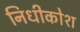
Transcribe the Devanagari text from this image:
निधीकोश